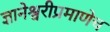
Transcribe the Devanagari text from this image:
ज्ञानेश्वरीप्रमाणेच